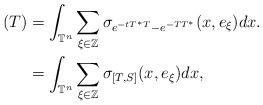
LaTeX: \begin{align*}(T)&=\int_{\mathbb{T}^n}\sum_{\xi\in\mathbb{Z}}\sigma_{e^{-tT^*T}-e^{-TT^*}}(x, e_{\xi})dx.\\&=\int_{\mathbb{T}^n}\sum_{\xi\in\mathbb{Z}}\sigma_{[T,S]}(x, e_{\xi})dx,\end{align*}